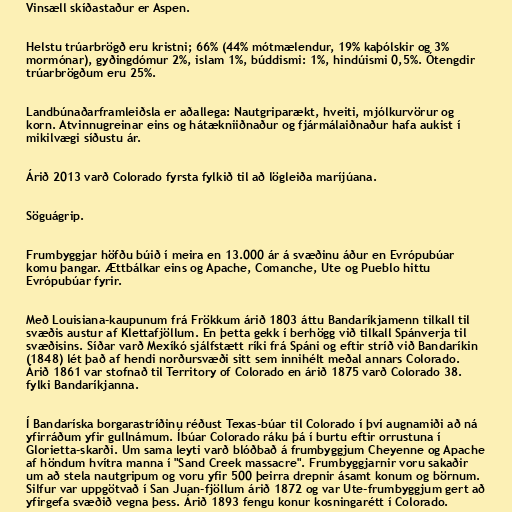
Vinsæll skíðastaður er Aspen.

Helstu trúarbrögð eru kristni; 66% (44% mótmælendur, 19% kaþólskir og 3%
mormónar), gyðingdómur 2%, islam 1%, búddismi: 1%, hindúismi 0,5%. Ótengdir
trúarbrögðum eru 25%.

Landbúnaðarframleiðsla er aðallega: Nautgriparækt, hveiti, mjólkurvörur og
korn. Atvinnugreinar eins og hátækniiðnaður og fjármálaiðnaður hafa aukist í
mikilvægi síðustu ár.

Árið 2013 varð Colorado fyrsta fylkið til að lögleiða maríjúana.

Söguágrip.

Frumbyggjar höfðu búið í meira en 13.000 ár á svæðinu áður en Evrópubúar
komu þangar. Ættbálkar eins og Apache, Comanche, Ute og Pueblo hittu
Evrópubúar fyrir.

Með Louisiana-kaupunum frá Frökkum árið 1803 áttu Bandaríkjamenn tilkall til
svæðis austur af Klettafjöllum. En þetta gekk í berhögg við tilkall Spánverja til
svæðisins. Síðar varð Mexíkó sjálfstætt ríki frá Spáni og eftir stríð við Bandaríkin
(1848) lét það af hendi norðursvæði sitt sem innihélt meðal annars Colorado.
Árið 1861 var stofnað til Territory of Colorado en árið 1875 varð Colorado 38.
fylki Bandaríkjanna.

Í Bandaríska borgarastríðinu réðust Texas-búar til Colorado í því augnamiði að ná
yfirráðum yfir gullnámum. Íbúar Colorado ráku þá í burtu eftir orrustuna í
Glorietta-skarði. Um sama leyti varð blóðbað á frumbyggjum Cheyenne og Apache
af höndum hvítra manna í "Sand Creek massacre". Frumbyggjarnir voru sakaðir
um að stela nautgripum og voru yfir 500 þeirra drepnir ásamt konum og börnum.
Silfur var uppgötvað í San Juan-fjöllum árið 1872 og var Ute-frumbyggjum gert að
yfirgefa svæðið vegna þess. Árið 1893 fengu konur kosningarétt í Colorado.